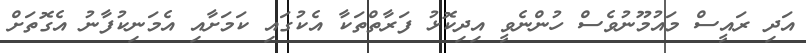
އަދި ރައީސް މައުމޫނުވެސް ހުންނެވީ އިދިކޮޅު ފަރާތްތަކާ އެކުގައި ކަމަށާއި އެމަނިކުފާނު އެގޮތަށް